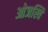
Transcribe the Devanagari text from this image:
ओजस्वि